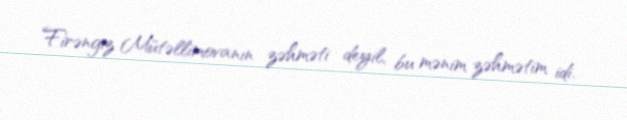
Firəngiz Mütəllimovanın zəhməti deyil, bu mənim zəhmətim idi.